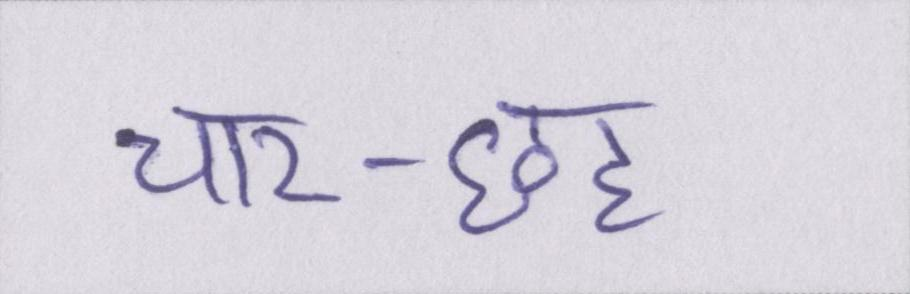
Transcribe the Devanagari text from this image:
चार-छह